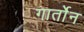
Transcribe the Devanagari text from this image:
गार्तोन